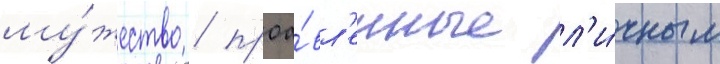
му́жество / проа́вл'енные л'и́чным